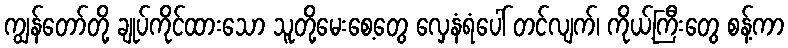
ကျွန်တော်တို့ ချုပ်ကိုင်ထားသော သူတို့မေးစေ့တွေ လှေနံရံပေါ် တင်လျက်၊ ကိုယ့်ကြီးတွေ စန့်ကာ